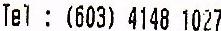
TEL: (603) 4148 1027